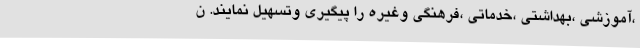
،آموزشی ،بهداشتی ،خدماتی ،فرهنگی وغیره را پیگیری وتسهیل نمایند. ن